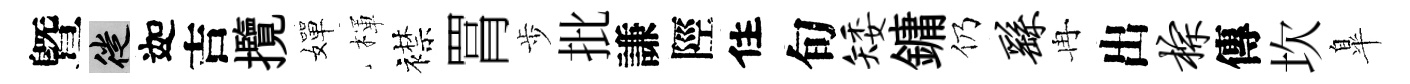
曁徙迦吉攬嬋楎襟罥歩批謙陘住旬矮鏞仍繇冉出棕傳坎臯